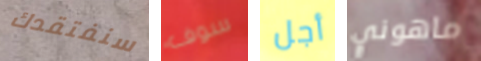
سنفتقدك سوف أجل ماهوني